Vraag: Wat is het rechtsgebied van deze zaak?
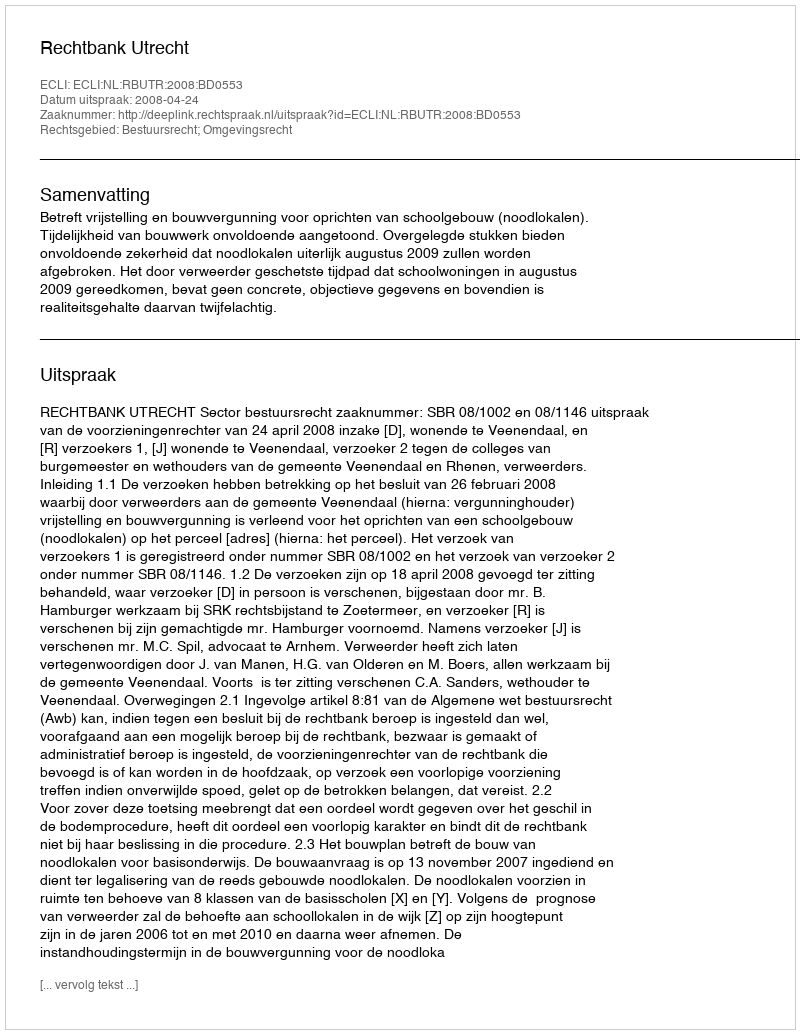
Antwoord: Bestuursrecht; Omgevingsrecht